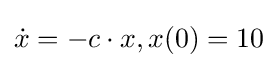
{\dot {x}}=-c\cdot x,x(0)=10